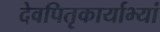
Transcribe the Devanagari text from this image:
देवपितृकार्याभ्यां